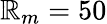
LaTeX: \mathbb{R}_{m}=50